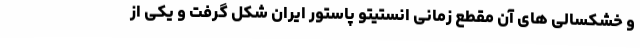
و خشکسالی های آن مقطع زمانی انستیتو پاستور ایران شکل گرفت و یکی از